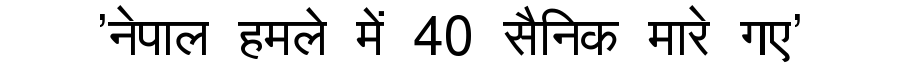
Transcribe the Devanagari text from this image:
'नेपाल हमले में 40 सैनिक मारे गए'